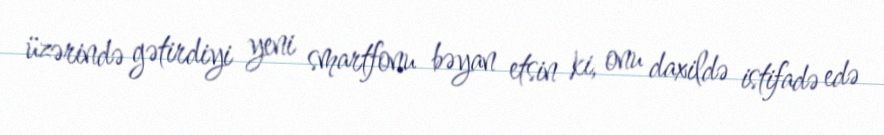
üzərində gətirdiyi yeni smartfonu bəyan etsin ki, onu daxildə istifadə edə